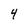
Character: 4